Annual report of the Imperial Bacteriologist
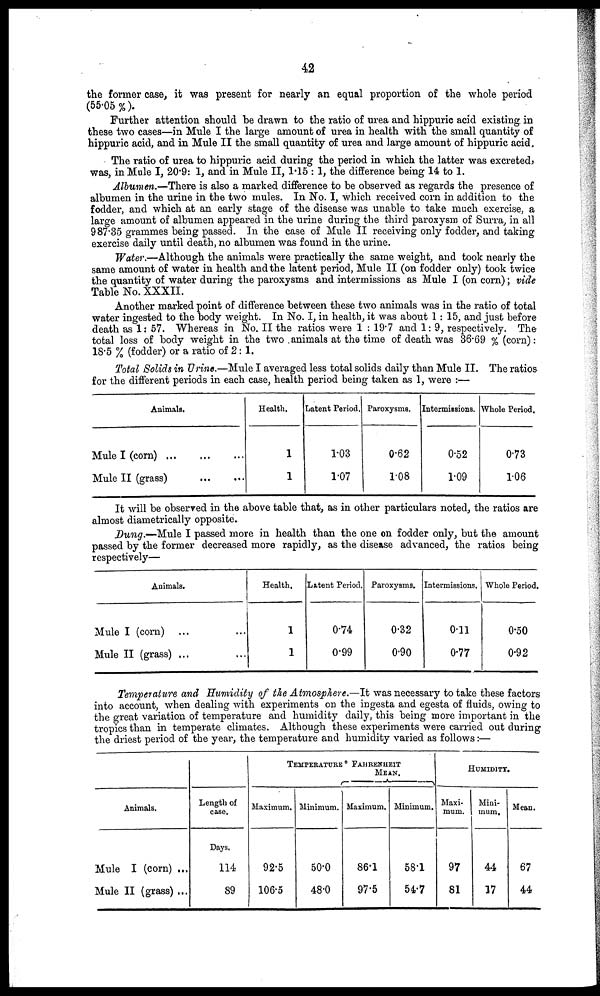
42
the former case, it was present for nearly an equal proportion of the whole period
(55.05%).
Further attention should be drawn to the ratio of urea and hippuric acid existing in
these two cases—in Mule I the large amount of urea in health with the small quantity of
hippuric acid, and in Mule II the small quantity of urea and large amount of hippuric acid.
The ratio of urea to hippuric acid during the period in which the latter was excreted,
was, in Mule I, 20.9: 1, and in Mule II, 1.15 : 1, the difference being 14 to 1.
Albumen.—There is also a marked difference to be observed as regards the presence of
albumen in the urine in the two mules. In No. I, which received corn in addition to the
fodder, and which at an early stage of the disease was unable to take much exercise, a
large amount of albumen appeared in the urine during the third paroxysm of Surra, in all
987.35 grammes being passed. In the case of Mule II receiving only fodder, and taking
exercise daily until death, no albumen was found in the urine.
Water.—Although the animals were practically the same weight, and took nearly the
same amount of water in health and the latent period, Mule II (on fodder only) took twice
the quantity of water during the paroxysms and intermissions as Mule I (on corn); vide
Table No. XXXII.
Another marked point of difference between these two animals was in the ratio of total
water ingested to the body weight. In No. I, in health, it was about 1:15, and just before
death as 1: 57. Whereas in No. II the ratios were 1 : 19.7 and 1: 9, respectively. The
total loss of body weight in the two animals at the time of death was 36.69 % (corn):
18.5 % (fodder) or a ratio of 2:1.
Total Solids in Urine.—Mule I averaged less total solids daily than Mule II. The ratios
for the different periods in each case, health period being taken as 1, were :—
Animals.
Mule I (corn)
Mule II (grass)
Health.
1
1
Latent Period.
1.03
1.07
Paroxysms.
0.62
1.08
Intermissions.
0.52
1.09
Whole Period.
0.73
1.06
It will be observed in the above table that, as in other particulars noted, the ratios are
almost diametrically opposite.
Dung.-Mule I passed more in health than the one on fodder only, but the amount
passed by the former decreased more rapidly, as the disease advanced, the ratios being
respectively—
Animals.
Mule I (corn)
Mule II (grass) ...
Health.
1
1
Latent Period.
0.74
0.99
Paroxysms.
0.32
0.90
Intermissions.
0.11
0.77
Whole Period.
0.50
0.92
Temperature and Humidity of the Atmosphere.—It was necessary to take these factors
into account, when dealing with experiments on the ingesta and egesta of fluids, owing to
the great variation of temperature and humidity daily, this being more important in the
tropics than in temperate climates. Although these experiments were carried out during
the driest period of the year, the temperature and humidity varied as follows:—
Animals.
Mule I (corn) ...
Mule II (grass) ...
Length of
case.
Days.
114
89
TEMPERATURE° FAHRENHEIT
MEAN.
Maximum.
92.5
106.5
Minimum.
50.0
48.0
Maximum.
86.1
97.5
Minimum.
58.1
54.7
HUMIDITY.
Maxi-
mum.
97
81
Mini-
mum,
44
17
Mean.
67
44